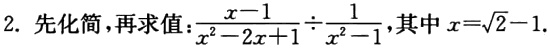
2. 先化简，再求值：$\frac{x - 1}{x^{2} - 2x + 1} \div \frac{1}{x^{2} - 1}$，其中$x = \sqrt{2} - 1$.